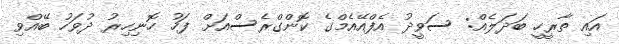
އައި ތާރީހީ ބަދަލެއް: ސަވީދު އެފްއޭއެމްގެ ކޮންގްރެސްއަށް ފަހު ހޮނިހިރު ދުވަހު ބޭއްވި